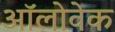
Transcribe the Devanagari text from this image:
ऑलोवेक